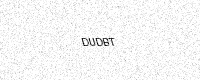
Text: DUDBT